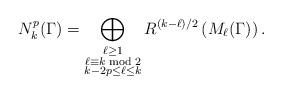
LaTeX: \begin{align*} N_k^p(\Gamma)=\bigoplus_{\substack{\ell\ge 1\\\ell\equiv k\bmod{2}\\k-2p\le\ell\le k}} R^{(k-\ell)/2}\left(M_\ell(\Gamma)\right).\end{align*}